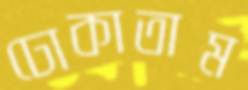
ঢোকাতাম